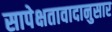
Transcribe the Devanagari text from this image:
सापेक्षतावादानुसार